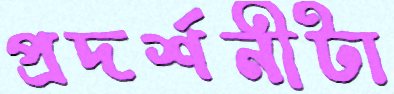
প্রদর্শনীটা